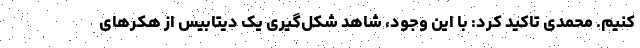
کنیم. محمدی تاکید کرد: با این وجود، شاهد شکل‌گیری یک دیتابیس از هکرهای